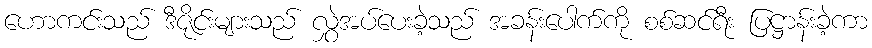
ဟောကင်းသည် ဒီဇိုင်းများသည် လွှဲအပ်ပေးခဲ့သည် အခန်းပေါက်ကို စစ်ဆင်ရီး ပြဋ္ဌာန်းခဲ့ကာ